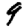
Digit: 9